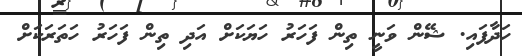
ހަދާފައި. ޝޭން ވަނީ ތިން ފަހަރު ހަޔަކަށް އަދި ތިން ފަހަރު ހަތަރަކަށް